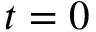
t = 0